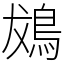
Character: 䳊